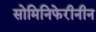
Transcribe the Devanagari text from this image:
सोमिनिफेरीनीन